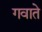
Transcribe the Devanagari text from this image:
गवाते